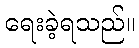
ရေးခဲ့ရသည်။